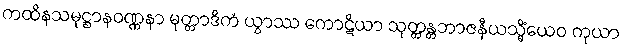
ကထိနသမုဋ္ဌာနဝဏ္ဏနာ မုတ္တာဒိကံ ယွာဿ ကောဋိယာ သုတ္တန္တဘာဇနီယသ္မိံယေဝ ကုယာ